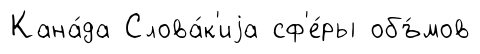
Кана́да Слова́к'иjа сф'е́ры объ́мов